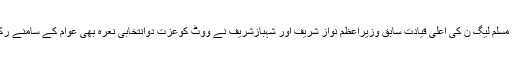
اسی طرح مسلم لیگ ن کی اعلیٰ قیادت سابق وزیراعظم نواز شریف اور شہبازشریف نے ووٹ کوعزت دوانتخابی نعرہ بھی عوام کے سامنے رکھ دیا ہے۔